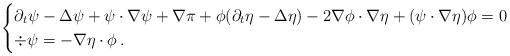
\begin{align*} \begin{cases} \partial_t \psi - \Delta \psi + \psi \cdot \nabla \psi + \nabla \pi + \phi( \partial_t \eta - \Delta \eta) - 2 \nabla \phi \cdot \nabla \eta + (\psi \cdot \nabla \eta) \phi =0 \\ \div \psi = - \nabla \eta \cdot \phi \, . \end{cases}\end{align*}